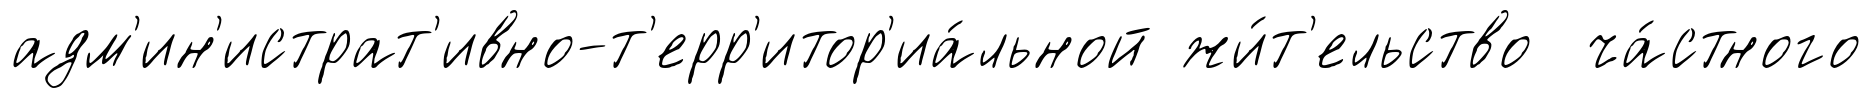
адм'ин'истрат'ивно-т'ерр'итор'иа́льной жи́т'ельство ча́стного